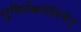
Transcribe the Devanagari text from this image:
शुचिर्नकरोतिचेत्